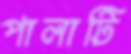
পালাটি